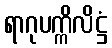
ရာဂုပက္ကိလိဋ္ဌံ